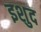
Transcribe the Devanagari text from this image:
इशुद